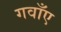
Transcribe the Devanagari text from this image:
गवाँए